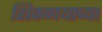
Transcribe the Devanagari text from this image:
शिकणयाच्या